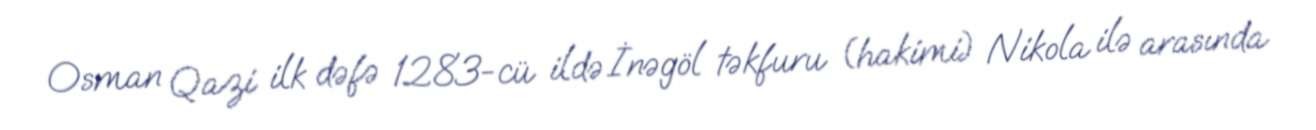
Osman Qazi ilk dəfə 1283-cü ildə İnəgöl təkfuru (hakimi) Nikola ilə arasında